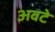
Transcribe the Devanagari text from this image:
अवटे